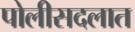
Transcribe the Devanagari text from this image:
पोलीसदलात